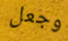
وجعل